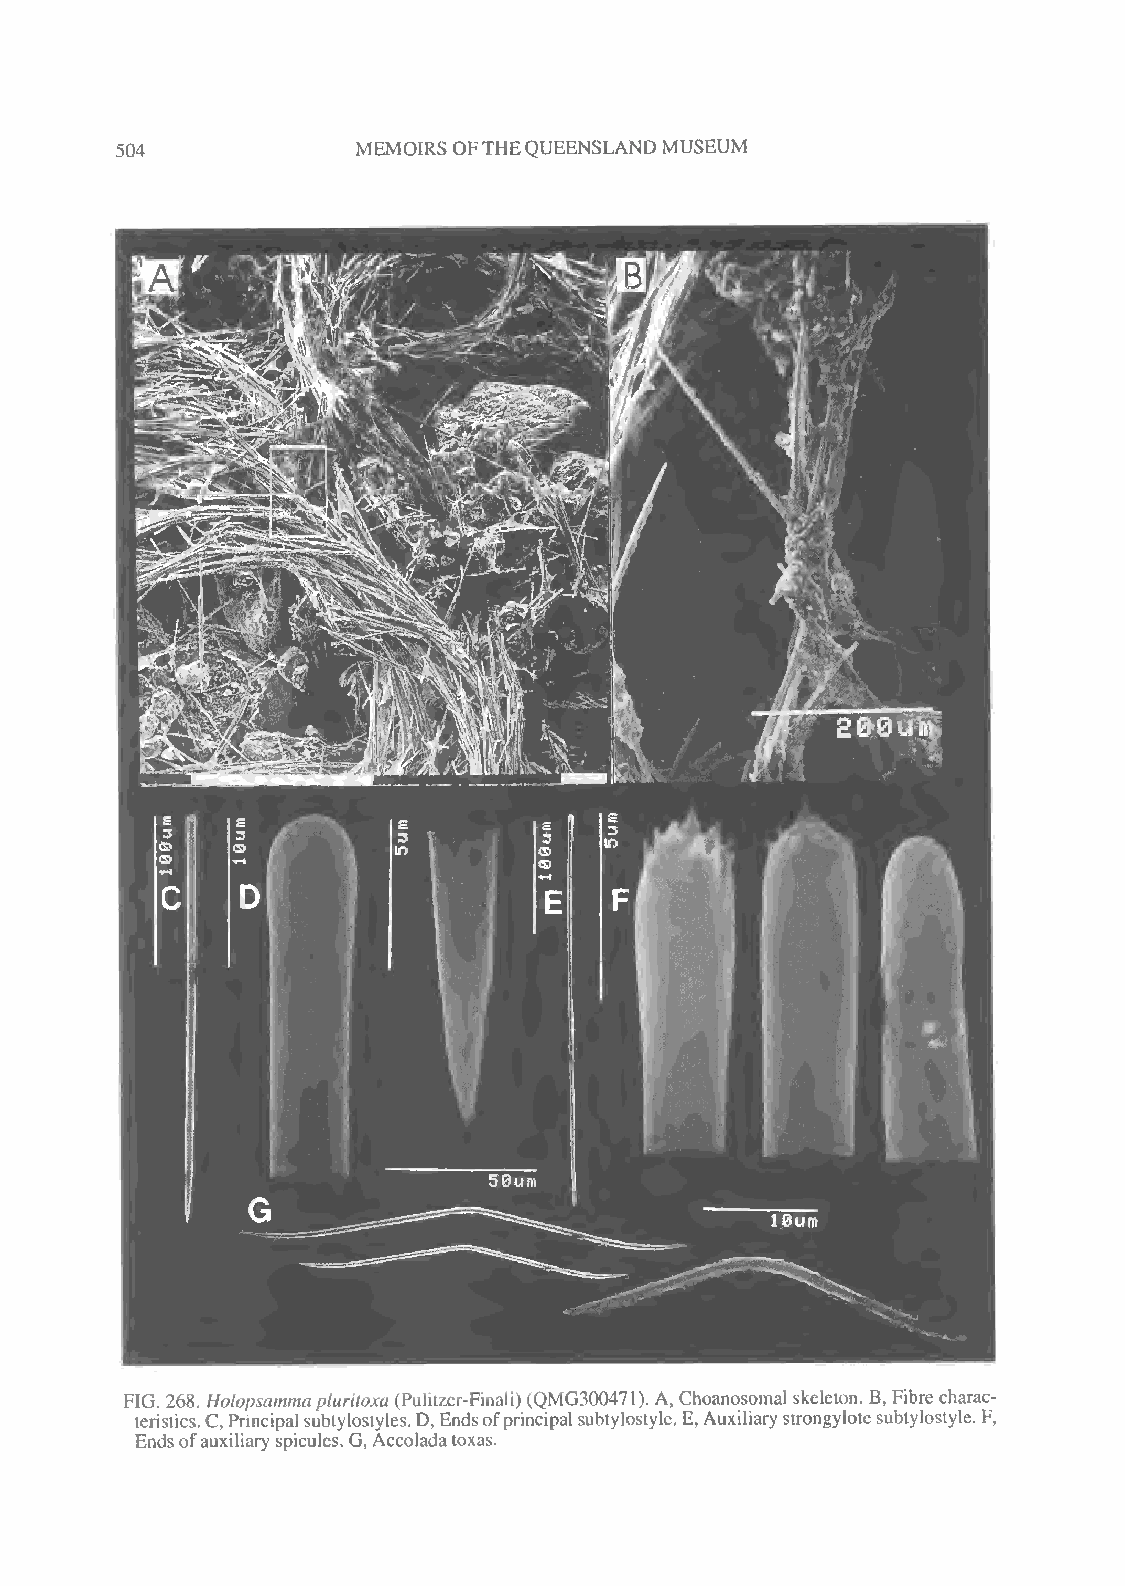
504             MEMOIRS OFTHEQUEENSLANDMUSEUM
 FIG. 268. Holopsammapluritoxa (Pulitzer-Finali) (QMG300471). A, Choanosomal skeleton. B, Fibre charac-
 teristics.C,Principalsubtylostyles.D,Endsofprincipal subtylostyle. E,Auxiliarystrongylotesubtylostyle.F,
 Endsofauxiliary spicules. G, Accoladatoxas.